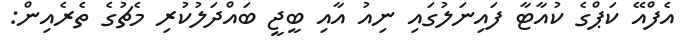
އެފްއޭ ކަޕްގެ ކުއާޓާ ފައިނަލުގައި ނިއު އާއި ބީޖީ ބައްދަލުކުރި މެޗުގެ ތެރެއިން: